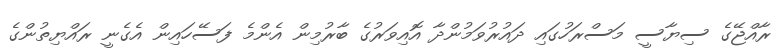
ރާއްޖޭގެ ސިޔާސީ މަސްރަހުގައި ދައުރުވަމުންދާ އޮއިވަރުގެ ބާރުމިން އެންމެ ފަސޭހައިން އެގެނީ ރައްޔިތުންގެ